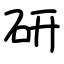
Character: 研